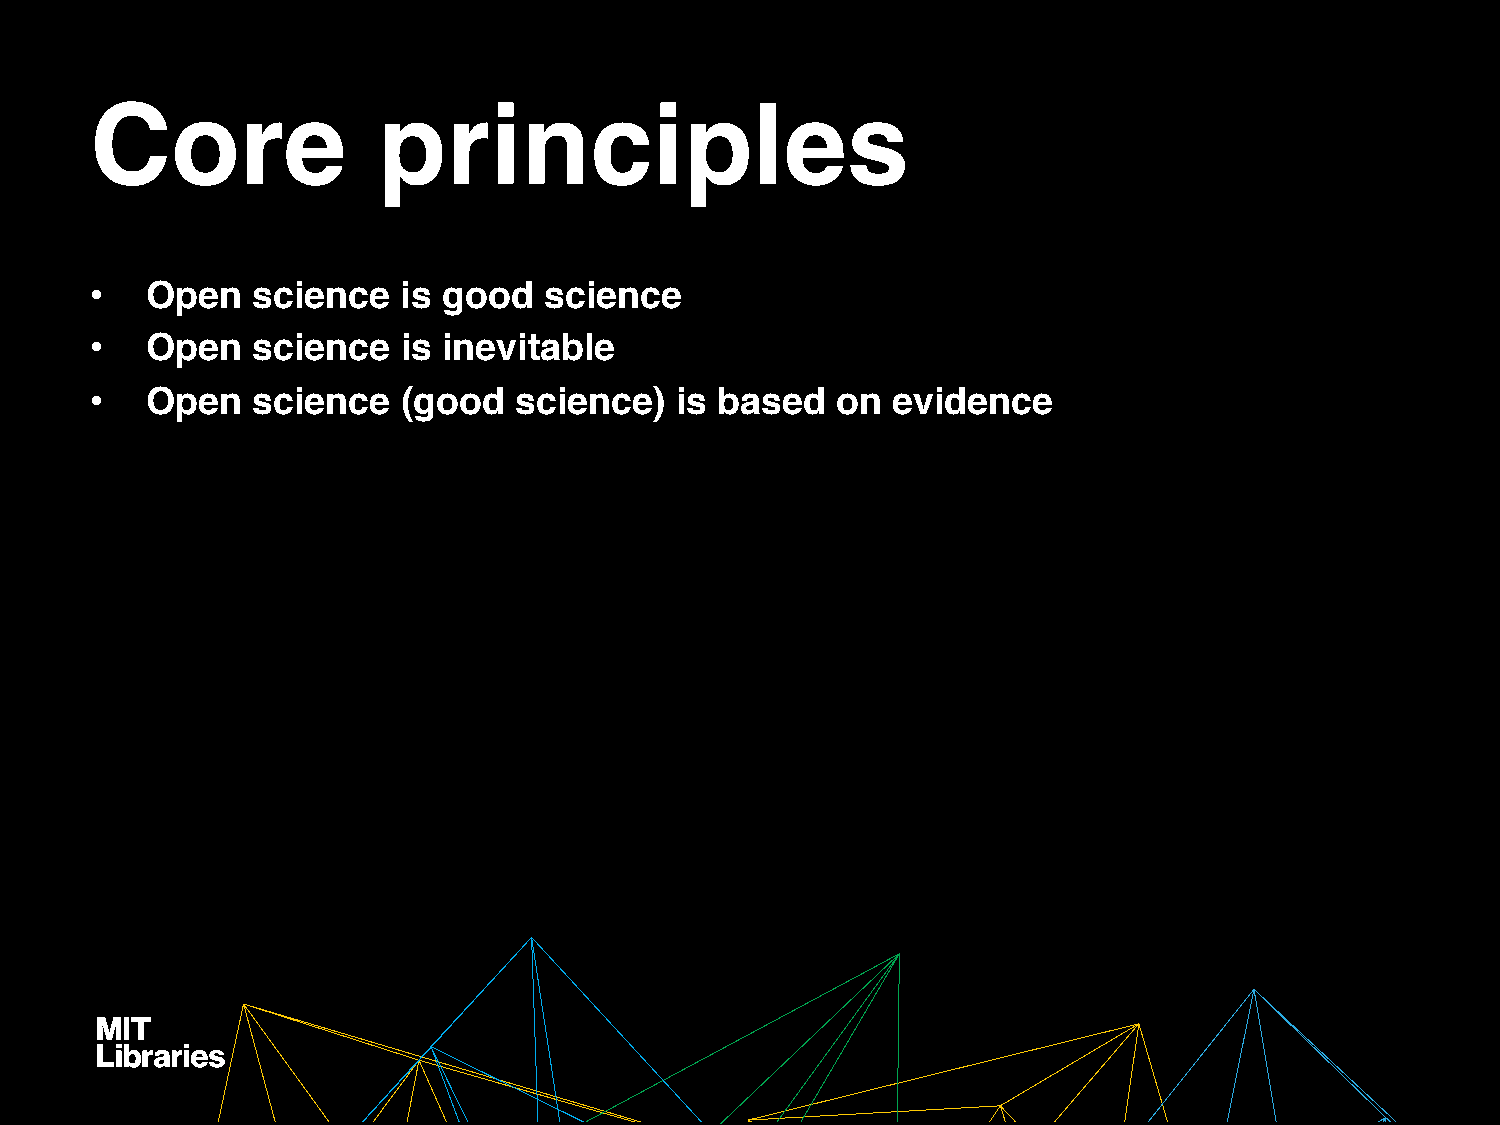
Core               principles
 •   Open   science   is good  science
 •   Open   science   is inevitable
 •   Open   science   (good  science)   is based  on  evidence